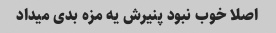
اصلا خوب نبود پنیرش یه مزه بدی میداد